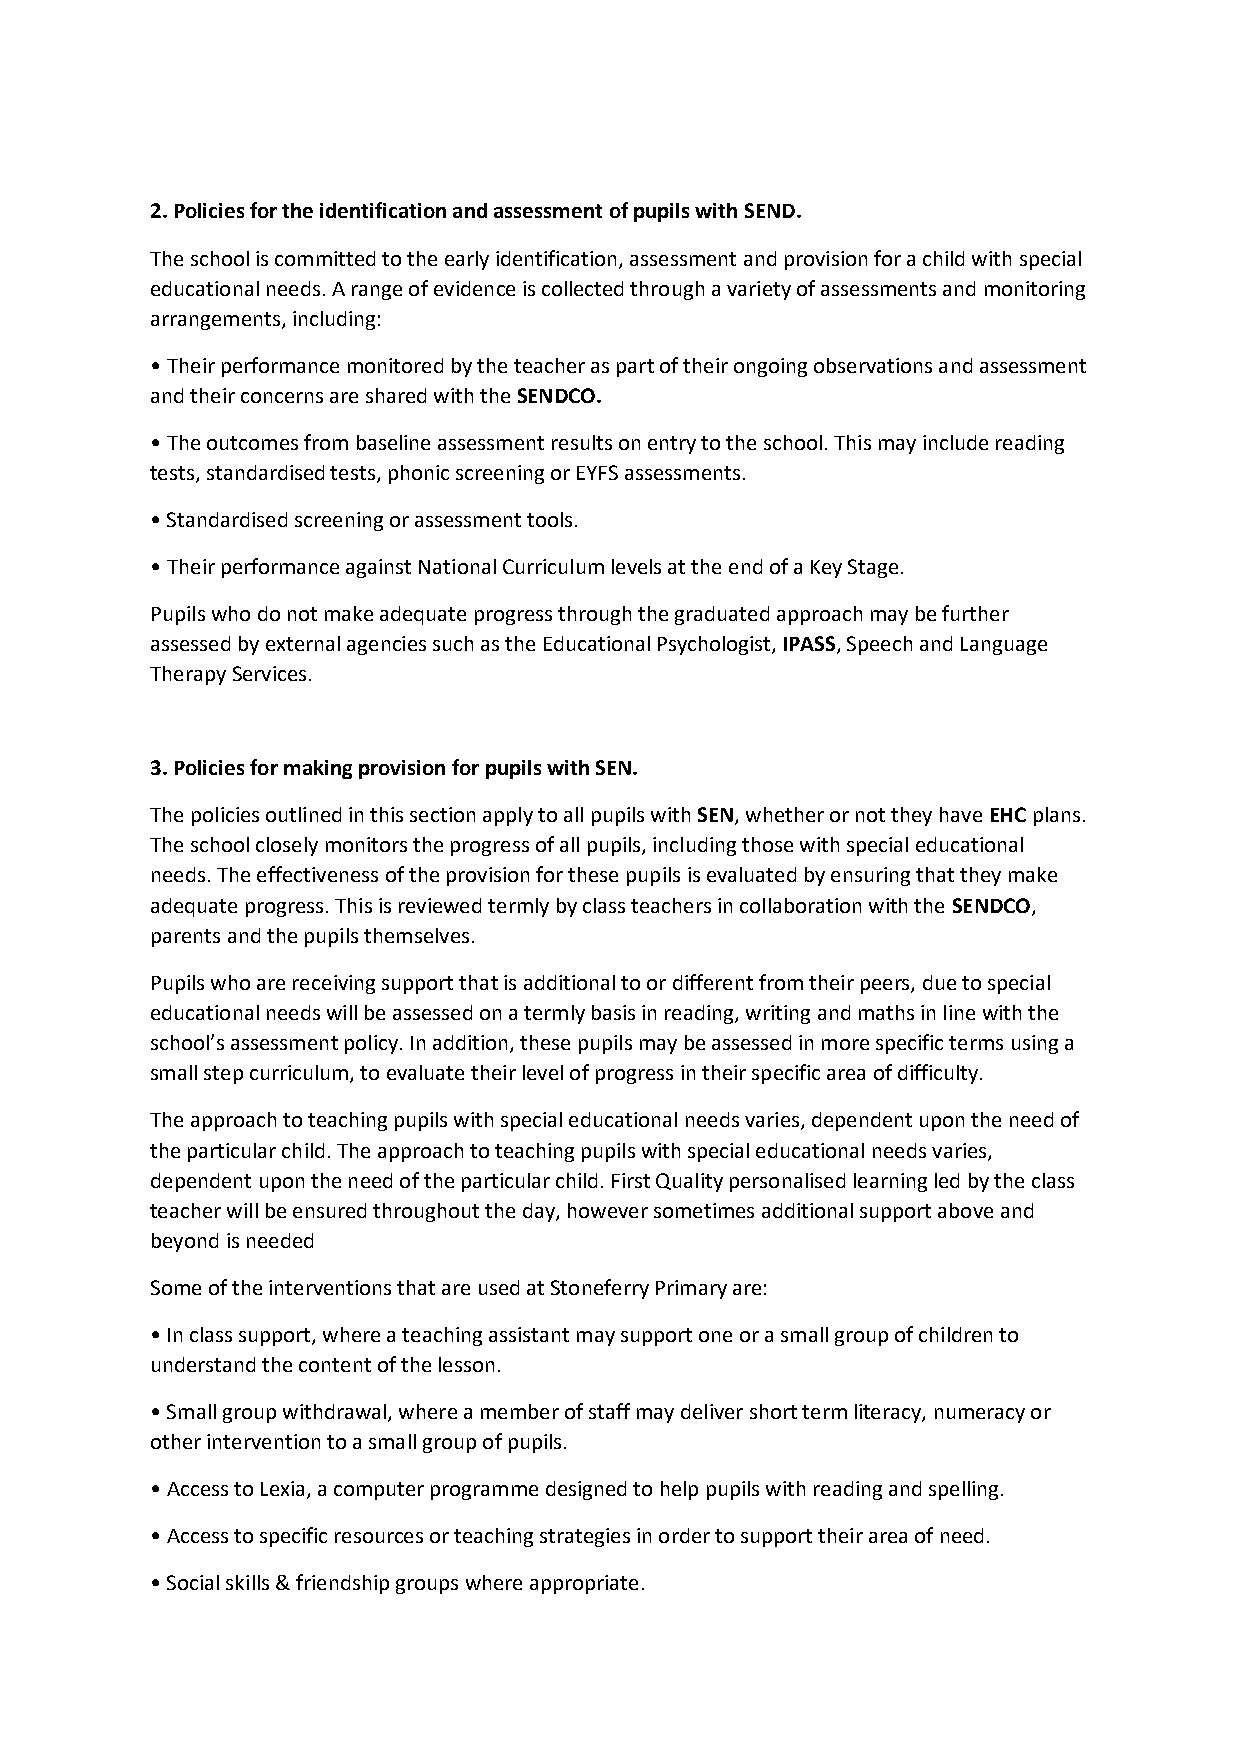
2. Policies for the identification and assessment of pupils with SEND.
 The school is committed to the early identification, assessment and provision for a child with special
 educational needs. A range of evidence is collected through a variety of assessments and monitoring
 arrangements, including:
 • Their performance monitored by the teacher as part of their ongoing observations and assessment
 and their concerns are shared with the SENDCO.
 • The outcomes from baseline assessment results on entry to the school. This may include reading
 tests, standardised tests, phonic screening or EYFS assessments.
 • Standardised screening or assessment tools.
 • Their performance against National Curriculum levels at the end of a Key Stage.
 Pupils who do not make adequate progress through the graduated approach may be further
 assessed by external agencies such as the Educational Psychologist, IPASS, Speech and Language
 Therapy Services.
 3. Policies for making provision for pupils with SEN.
 The policies outlined in this section apply to all pupils with SEN, whether or not they have EHC plans.
 The school closely monitors the progress of all pupils, including those with special educational
 needs. The effectiveness of the provision for these pupils is evaluated by ensuring that they make
 adequate progress. This is reviewed termly by class teachers in collaboration with the SENDCO,
 parents and the pupils themselves.
 Pupils who are receiving support that is additional to or different from their peers, due to special
 educational needs will be assessed on a termly basis in reading, writing and maths in line with the
 school’s assessment policy. In addition, these pupils may be assessed in more specific terms using a
 small step curriculum, to evaluate their level of progress in their specific area of difficulty.
 The approach to teaching pupils with special educational needs varies, dependent upon the need of
 the particular child. The approach to teaching pupils with special educational needs varies,
 dependent upon the need of the particular child. First Quality personalised learning led by the class
 teacher will be ensured throughout the day, however sometimes additional support above and
 beyond is needed
 Some of the interventions that are used at Stoneferry Primary are:
 • In class support, where a teaching assistant may support one or a small group of children to
 understand the content of the lesson.
 • Small group withdrawal, where a member of staff may deliver short term literacy, numeracy or
 other intervention to a small group of pupils.
 • Access to Lexia, a computer programme designed to help pupils with reading and spelling.
 • Access to specific resources or teaching strategies in order to support their area of need.
 • Social skills & friendship groups where appropriate.